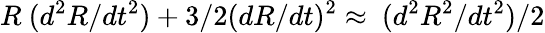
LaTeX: R~(d^{2}R/dt^{2})+3/2(dR/dt)^{2}\approx~(d^{2}R^{2}/dt^{2})/2